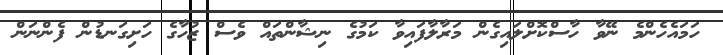
ހަމައެހެންމެ ނޭވާ ހާސްކޮށްލައިގެން މަރާލާފައިވާ ކަމުގެ ނިޝާންތައް ވެސް ޒުހާގެ ހަށިގަނޑުން ފެންނަން